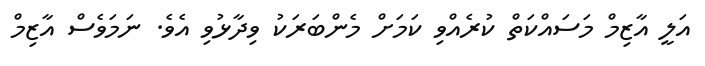
އަލީ އާޒިމް މަސައްކަތް ކުރެއްވި ކަމަށް މެންބަރަކު ވިދާޅުވި އެވެ. ނަމަވެސް އާޒިމް